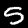
Digit: 5